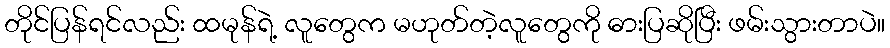
တိုင်ပြန်ရင်လည်း ထမုန်ရဲ့ လူတွေက မဟုတ်တဲ့လူတွေကို ဓားပြဆိုပြီး ဖမ်းသွားတာပဲ။